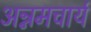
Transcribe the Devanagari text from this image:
अन्नमचार्य